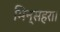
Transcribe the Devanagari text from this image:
मिन्सहरा।